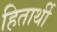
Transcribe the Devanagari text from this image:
हितार्थी